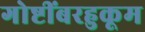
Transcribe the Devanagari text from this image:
गोष्टींबरहुकूम